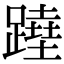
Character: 𨅣